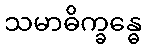
သမာဓိက္ခန္ဓေ